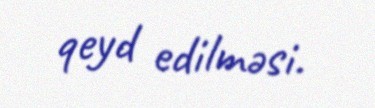
qeyd edilməsi.